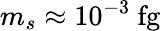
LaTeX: m_{s}\approx 10^{-3}~\mathrm{fg}